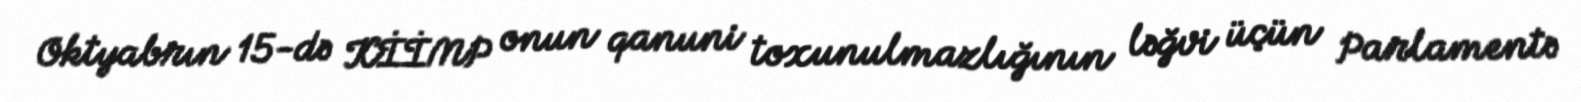
Oktyabrın 15-də KİİMP onun qanuni toxunulmazlığının ləğvi üçün Parlamentə